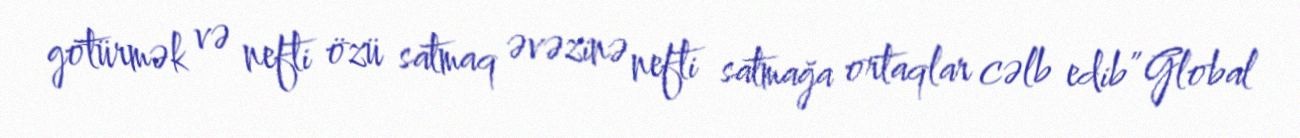
götürmək və nefti özü satmaq əvəzinə nefti satmağa ortaqlar cəlb edib” Global